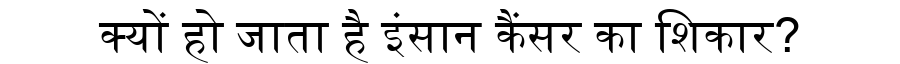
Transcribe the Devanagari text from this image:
क्यों हो जाता है इंसान कैंसर का शिकार?